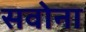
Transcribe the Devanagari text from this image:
सवोना